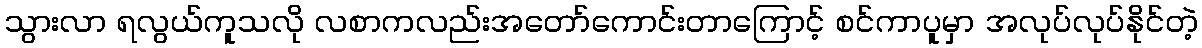
သွားလာ ရလွယ်ကူသလို လစာကလည်းအတော်ကောင်းတာကြောင့် စင်ကာပူမှာ အလုပ်လုပ်နိုင်တဲ့